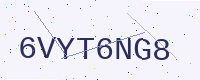
Text: 6VYT6NG8